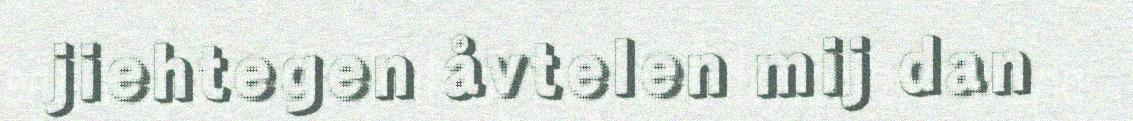
jiehtegen åvtelen mij dan